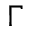
\Gamma